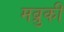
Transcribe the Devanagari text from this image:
मब्रुकी